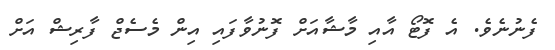
ފެނުނެވެ. އެ ފޮޓޯ އާއި މާޝާއަށް ފޮނުވާފައި އިން މެސެޖް ފާރިޝް އަށް